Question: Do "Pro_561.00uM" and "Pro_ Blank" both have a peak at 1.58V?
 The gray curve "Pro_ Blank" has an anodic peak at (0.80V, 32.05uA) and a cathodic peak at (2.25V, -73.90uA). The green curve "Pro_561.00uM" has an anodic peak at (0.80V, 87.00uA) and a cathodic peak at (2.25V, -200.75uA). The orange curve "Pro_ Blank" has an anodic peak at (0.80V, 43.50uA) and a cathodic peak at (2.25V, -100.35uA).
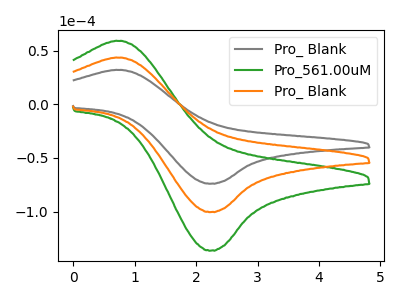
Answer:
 <answer>No, "Pro_561.00uM" and "Pro_ Blank" dont share a peak at 1.58V.</answer>
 <eval>mismatch</eval>